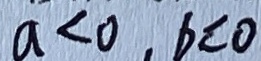
a < 0 , b < 0